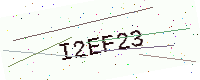
Text: I2EF23